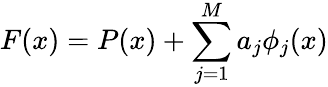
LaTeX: F(x)=P(x)+\sum_{j=1}^{M}a_{j}\phi_{j}(x)